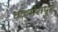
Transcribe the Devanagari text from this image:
चकमेरापुर